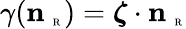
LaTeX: \gamma({\mathbf n}_{\mathrm{~\tiny~R~}})=\boldsymbol{\zeta}\cdot{\mathbf n}_{\mathrm{~\tiny~R~}}